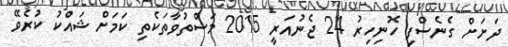
ދަށަށް ގެނެސްފި ހޮނިހިރު 24 ޖެނުއަރީ 2015 މަސްތުވާތަކެތި ކަމަށް ޝައްކު ކުރެވޭ